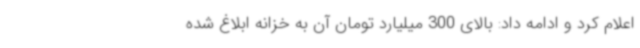
اعلام کرد و ادامه داد: بالای 300 میلیارد تومان آن به خزانه ابلاغ شده